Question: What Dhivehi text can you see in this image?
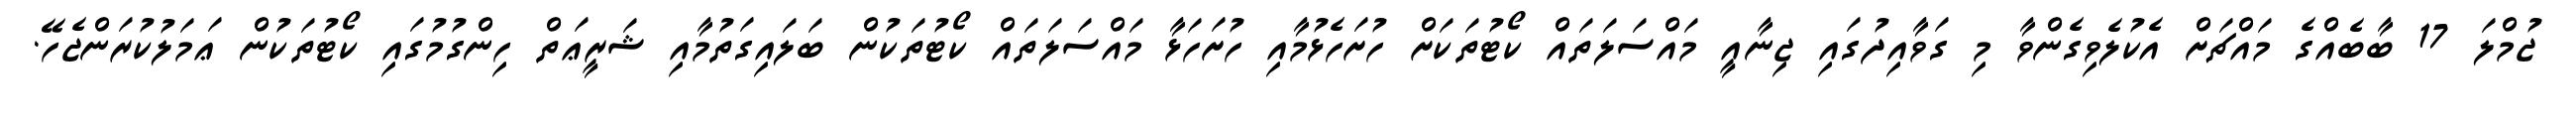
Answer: ޖުމްލަ 17 ބާބެއްގެ މައްޗަށް އެކުލެވިގެންވާ މި ގަވާއިދުގައި ޖިނާއީ މައްސަލަތައް ކޯޓުތަކަށް ހުށަހެޅުމާއި ހުށަހަޅާ މައްސަލަތައް ކޯޓުތަކުން ބަލައިގަތުމާއި ޝަރީޢަތް ހިންގުމުގައި ކޯޓުތަކުން ޢަމަލުކުރަންޖެހޭ.